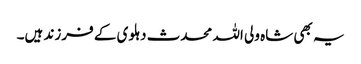
یہ بھی شاہ ولی اللہ محدث دہلوی کے فرزند ہیں۔